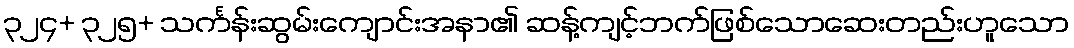
၃၂၄+ ၃၂၅+ သင်္ကန်းဆွမ်းကျောင်းအနာ၏ ဆန့်ကျင့်ဘက်ဖြစ်သောဆေးတည်းဟူသော